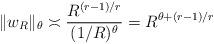
LaTeX: \begin{align*}\Vert w_R \Vert_\theta \asymp \frac{R^{(r-1)/r} }{(1/R)^\theta} = R^{\theta + (r-1)/r }\end{align*}